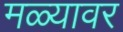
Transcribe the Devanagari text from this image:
मळ्यावर